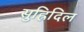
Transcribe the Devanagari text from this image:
सुह्रिदिल